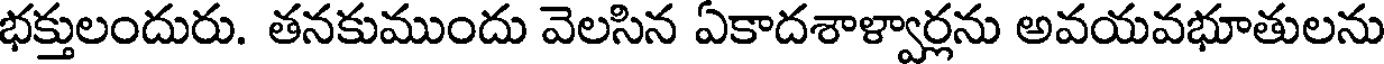
భక్తులందురు. తనకుముందు వెలసిన ఏకాదశాళ్వార్లను అవయవభూతులను